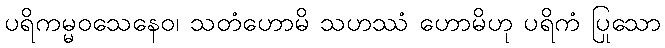
ပရိကမ္မဝသေနေဝ၊ သတံဟောမိ သဟဿံ ဟောမိဟု ပရိကံ ပြုသော